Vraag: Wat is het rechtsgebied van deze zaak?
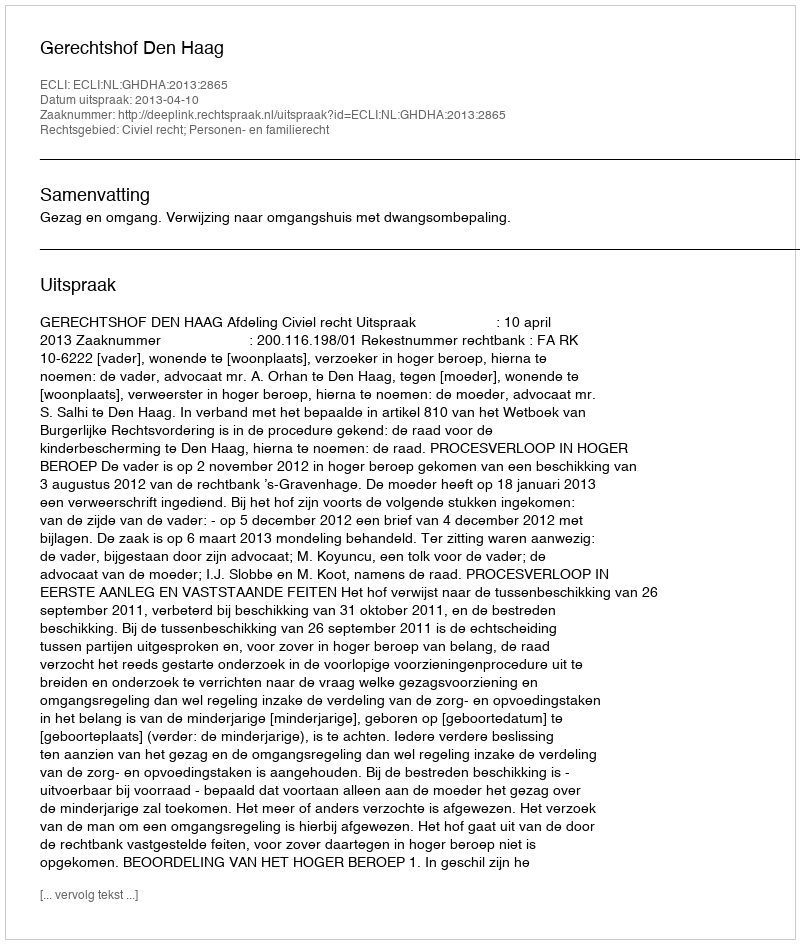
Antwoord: Civiel recht; Personen- en familierecht